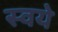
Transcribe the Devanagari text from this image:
स्वये